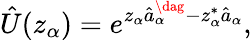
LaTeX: \hat{U}({z_{\alpha}})=e^{z_{\alpha}\hat{a}_{\alpha}^{\dag}-z_{\alpha}^{*}\hat{a}_{\alpha}},